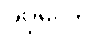
ဝိပုလော